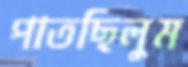
পাতছিলুম